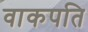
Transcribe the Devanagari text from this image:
वाकपति